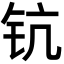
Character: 钪